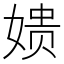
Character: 𫝬